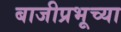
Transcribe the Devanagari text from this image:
बाजीप्रभूच्या